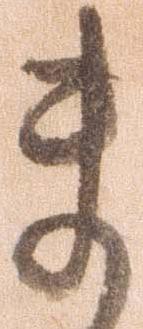
ま